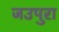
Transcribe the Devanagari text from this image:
जउपुरा